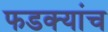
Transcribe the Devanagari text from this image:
फडक्यांच